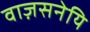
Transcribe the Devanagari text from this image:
वाज़सनेयि